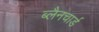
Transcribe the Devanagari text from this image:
ब्लैनचार्ड